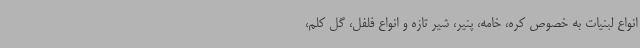
انواع لبنیات به خصوص کره، خامه، پنیر، شیر تازه و انواع فلفل، گل کلم،